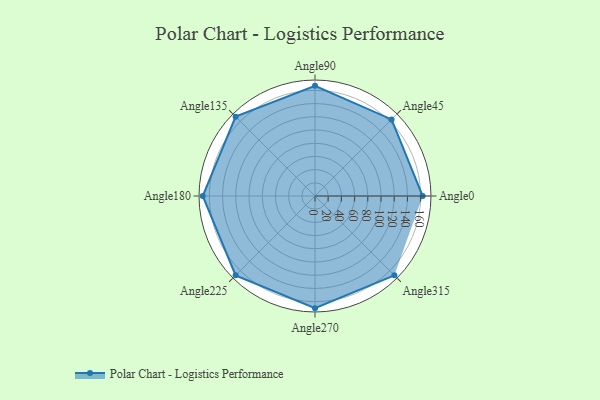
{"axis": {"x": "Angle", "y": "Radius"}, "legend": [""], "data": [{"x": "Angle0", "y": 163.0, "type": ""}, {"x": "Angle45", "y": 164.0, "type": ""}, {"x": "Angle90", "y": 167.0, "type": ""}, {"x": "Angle135", "y": 170.0, "type": ""}, {"x": "Angle180", "y": 170, "type": ""}, {"x": "Angle225", "y": 170, "type": ""}, {"x": "Angle270", "y": 170, "type": ""}, {"x": "Angle315", "y": 170, "type": ""}]}